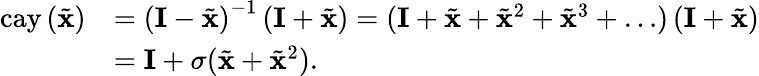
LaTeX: \begin{array}{rl}{\mathrm{cay}\left(\tilde{\mathbf{x}}\right)}&{=\left(\mathbf{I}-\tilde{\mathbf{x}}\right)^{-1}\left(\mathbf{I}+\tilde{\mathbf{x}}\right)=(\mathbf{I}+\tilde{\mathbf{x}}+\tilde{\mathbf{x}}^{2}+\tilde{\mathbf{x}}^{3}+\ldots)\left(\mathbf{I}+\tilde{\mathbf{x}}\right)}\\ &{=\mathbf{I}+\sigma(\tilde{\mathbf{x}}+\tilde{\mathbf{x}}^{2}).}\end{array}